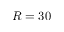
R = 3 0